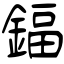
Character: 鍢